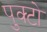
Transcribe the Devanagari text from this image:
पुक्टो